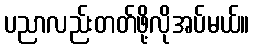
ပညာလည်းတတ်ဖို့လိုအပ်မယ်။